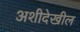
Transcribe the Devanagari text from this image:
अशीदेखील